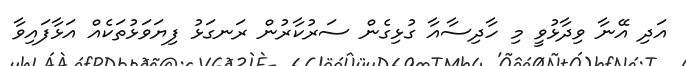
އަދި އޭނާ ވިދާޅުވީ މި ހާދިސާއާ ގުޅިގެން ސަރުކާރުން ރަނގަޅު ފިޔަވަޅުތަކެއް އަޅާފައިވާ